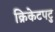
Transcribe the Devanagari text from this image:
क्रिकेटपटु